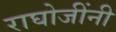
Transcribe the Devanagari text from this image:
राघोजींनी